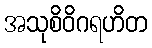
အသုစိဝိဂရဟိတ